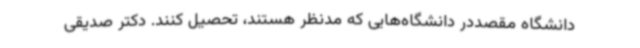
دانشگاه مقصددر دانشگاه‌هایی که مدنظر هستند، تحصیل کنند. دکتر صدیقی